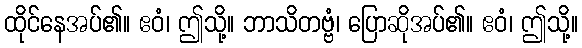
ထိုင်နေအပ်၏။ ဧဝံ၊ ဤသို့။ ဘာသိတဗ္ဗံ၊ ပြောဆိုအပ်၏။ ဧဝံ၊ ဤသို့။